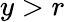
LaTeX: y>r